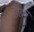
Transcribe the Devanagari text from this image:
शैहान